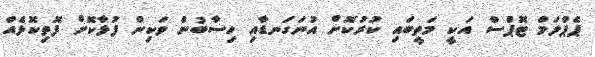
ޕެޕްލަމް ޓޮޕްސް އަކީ މަތީބައި ކުރުކޮށް އުނަގަނޑާއި ހިސާބުން ވަކިން ފުޅާކޮށް ފޮތިކޮޅެއް